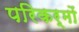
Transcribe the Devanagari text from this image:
परिकर्मों